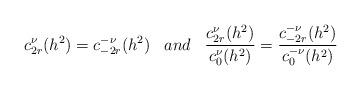
LaTeX: \begin{align*}c^{\nu}_{2r}(h^2)=c^{-\nu}_{-2r}(h^2)\;\;\; and \;\;\;\frac{c^{\nu}_{2r}(h^2)}{c^{\nu}_{0}(h^2)}=\frac{c^{-\nu}_{-2r}(h^2)}{c^{-\nu}_{0}(h^2)}\end{align*}